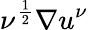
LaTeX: \nu^{\frac 12}\nabla u^{\nu}